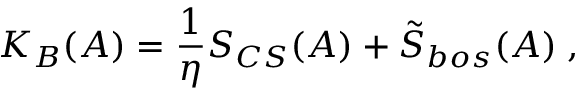
K _ { B } ( A ) = \frac 1 \eta S _ { C S } ( A ) + \tilde { S } _ { b o s } ( A ) \; ,